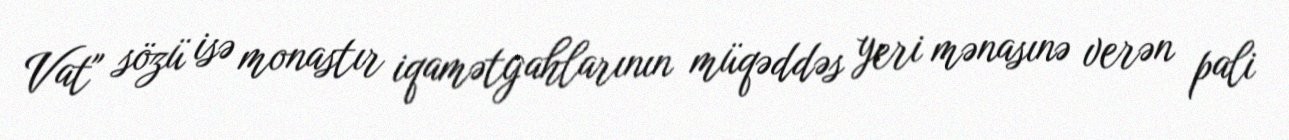
Vat" sözü isə monastır iqamətgahlarının müqəddəs yeri mənasınə verən pali